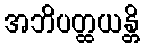
အဘိပတ္ထယန္တိ